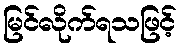
မြင်လိုက်ရသဖြင့်